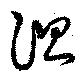
測